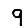
Digit: 9